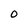
Character: 0